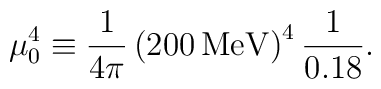
\mu_0^4\equiv  {1\over 4\pi  }\left( 200 \, \mathrm{MeV} \right)^4{1\over 0.18}.